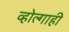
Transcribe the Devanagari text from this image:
व्होल्गाही